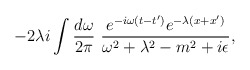
\begin{align*}-2\lambda i \int\frac{d\omega}{2\pi}\,\, \frac{e^{-i\omega (t-t^\prime )}e^{-\lambda(x+x^\prime)}}{\omega^2+\lambda^2-m^2+i\epsilon},\end{align*}